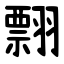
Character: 翲